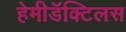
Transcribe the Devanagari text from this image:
हेमीडॅक्टिलस